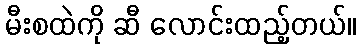
မီးစထဲကို ဆီ လောင်းထည့်တယ်။